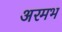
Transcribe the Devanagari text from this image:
अरमभ